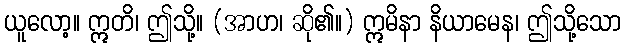
ယူလော့။ ဣတိ၊ ဤသို့။ (အာဟ၊ ဆို၏။) ဣမိနာ နိယာမေန၊ ဤသို့သော